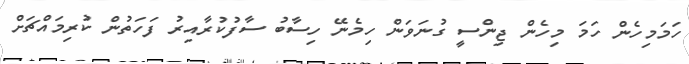
ހަމަމިހެން ހަމަ މިހެން ޖިންސީ ގުނަވަން ހިމެނޭ ހިސާބު ސާފުކުރާއިރު ފަހަތުން ކުރިމައްޗަށް